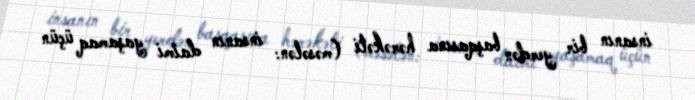
insanın bir yerdən başqasına hərəkəti (məsələn: insanın daimi yaşamaq üçün